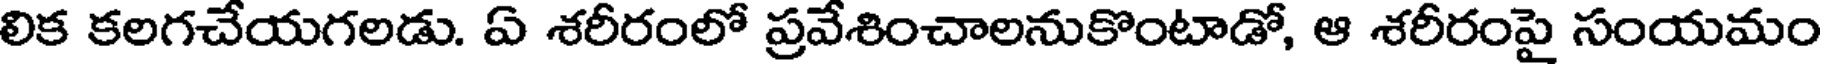
లిక కలగచేయగలడు. ఏ శరీరంలో ప్రవేశించాలనుకొంటాడో, ఆ శరీరంపై సంయమం